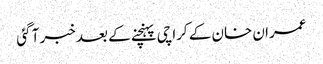
عمران خان کے کراچی پہنچنے کے بعد خبر آ گئی